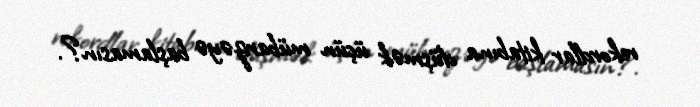
rekordlar kitabına düşmək üçün mübarizəyə başlamasın?.